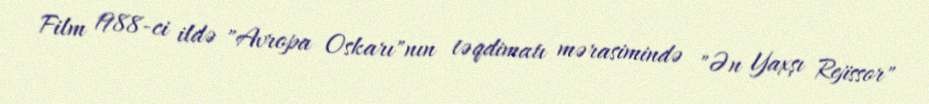
Film 1988-ci ildə "Avropa Oskarı"nın təqdimatı mərasimində "Ən Yaxşı Rejissor"